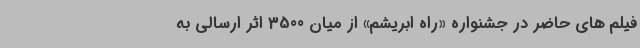
فیلم های حاضر در جشنواره «راه ابریشم» از میان 3500 اثر ارسالی به